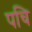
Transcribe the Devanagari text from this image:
पचि